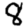
Digit: 8